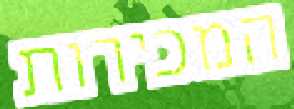
המכירות